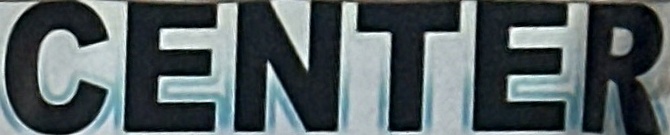
CENTER